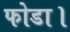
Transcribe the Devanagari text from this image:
फोडा।